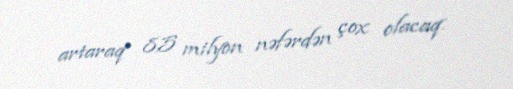
artaraq 8,5 milyon nəfərdən çox olacaq.